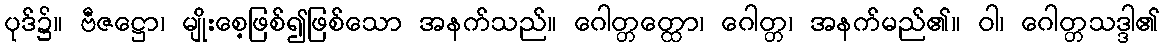
ပုဒ်၌။ ဗီဇဋ္ဌော၊ မျိုးစေ့ဖြစ်၍ဖြစ်သော အနက်သည်။ ဂေါတ္တတ္ထော၊ ဂေါတ္တ၊ အနက်မည်၏။ ဝါ၊ ဂေါတ္တသဒ္ဒါ၏